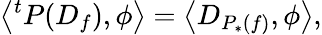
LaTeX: \left\langle{}^{t}P(D_{f}),\phi\right\rangle=\left\langle D_{P_{*}(f)},\phi\right\rangle,